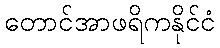
တောင်အာဖရိကနိုင်ငံ